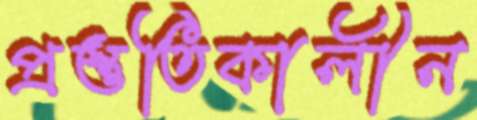
প্রস্তুতিকালীন